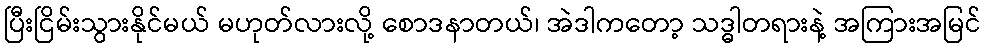
ပြီးငြိမ်းသွားနိုင်မယ် မဟုတ်လားလို့ စောဒနာတယ်၊ အဲဒါကတော့ သဒ္ဓါတရားနဲ့ အကြားအမြင်